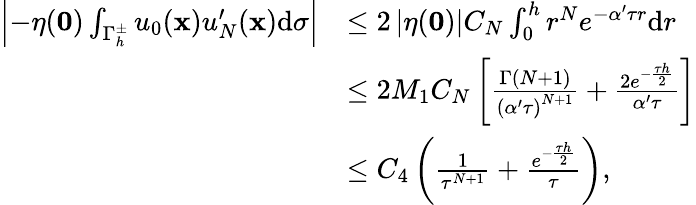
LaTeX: \begin{array}{rl}{\left|-\eta(\mathbf 0)\int_{{\Gamma_{h}^{\pm}}}{{u_{0}}(\mathbf x)}u_{N}^{\prime}(\mathbf x)\mathrm d\sigma\right|}&{\leq 2\left|\eta(\mathbf 0)\right|C_{N}\int_{0}^{h}{{r^{N}}{e^{-\alpha^{\prime}\tau r}}\mathrm dr}}\\ &{\leq 2M_{1}C_{N}\left[{\frac{\Gamma(N+1)}{{{(\alpha^{\prime}\tau)}^{N+1}}}}+{\frac{2{e^{-{\frac{\tau h}{2}}}}}{\alpha^{\prime}\tau}}\right]}\\ &{\leq{C_{4}}\left({\frac{1}{{\tau^{N+1}}}}+{\frac{{e^{-{\frac{\tau h}{2}}}}}{\tau}}\right),}\end{array}